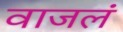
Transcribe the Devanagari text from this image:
वाजलं